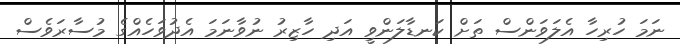
ނަމަ ހުރިހާ އެލަވަންސް ތަށް ކަނޑާލަންވީ އަދި ހާޒިރު ނުވާނަމަ އެދުވަހެއްގެ މުސާރަވެސް